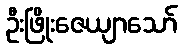
ဦးဖြိုးဇေယျာသော်